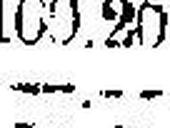
—.—